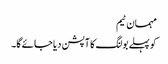
مہمان ٹیم
کو پہلے بولنگ کا آپشن دیا جائے گا۔